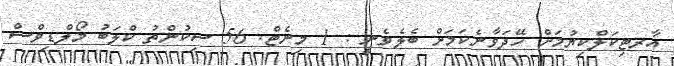
އާރޓިކަލްކިޔުމަށް ހޭދަވާނެކަމަށް ބެލެވެނީ : 1 މިނެޓް